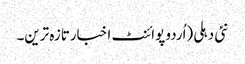
نئی دہلی (اُردو پوائنٹ اخبارتازہ ترین۔